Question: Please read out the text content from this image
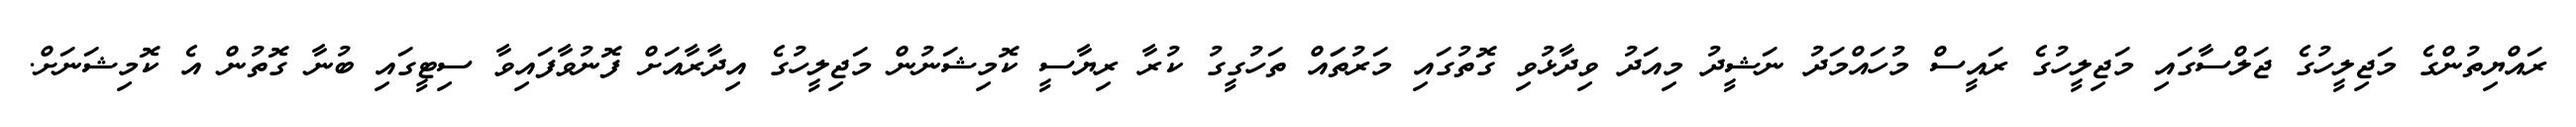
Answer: ރައްޔިތުންގެ މަޖިލީހުގެ ޖަލްސާގައި މަޖިލީހުގެ ރައީސް މުހައްމަދު ނަޝީދު މިއަދު ވިދާޅުވި ގޮތުގައި މަރުތަައް ތަހުގީގު ކުރާ ރިޔާސީ ކޮމިޝަނުން މަޖިލީހުގެ އިދާރާއަށް ފޮނުވާފައިވާ ސިޓީގައި ބުނާ ގޮތުން އެ ކޮމިޝަނަށް.